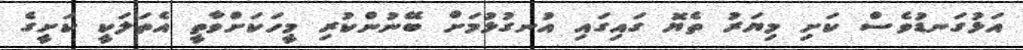
އަޅުގަނޑުވެސް ކަށި މިޔަރު ތެޔޮ ގައިގައި އުނގުޅުމަށް ބޭނުންކުރި މީހަކަށްވާތީ އެތަލަކީ ކަށީގެ